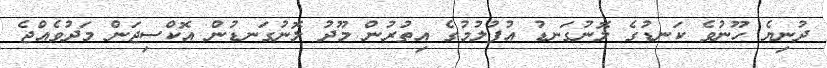
ދުނިޔެ ހޫނުވެ ކަނޑުގެ ލޮނުގަނޑު އުފުލުމުގެ އިތުރުން މޫދު ލޮނުގަނޑުން އޮކްސިޖަން މަދުވެއްޖެ